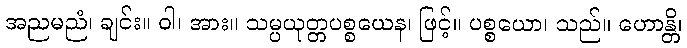
အညမညံ၊ ချင်း။ ဝါ၊ အား။ သမ္ပယုတ္တပစ္စယေန၊ ဖြင့်။ ပစ္စယော၊ သည်။ ဟောန္တိ၊